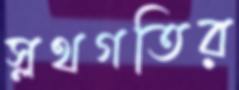
স্লথগতির